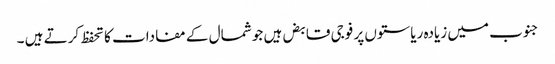
جنوب میں زیادہ ریاستوں پر فوجی قابض ہیں جو شمال کے مفادات کا تحفظ کرتے ہیں ۔